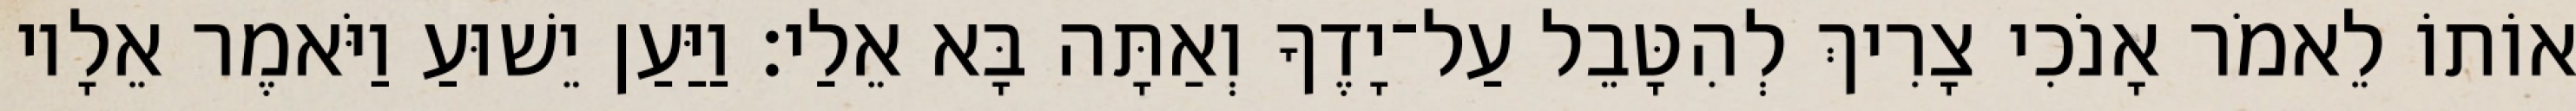
אוֹתוֹ לֵאמֹר אָנֹכִי צָרִיךְ לְהִטָּבֵל עַל־יָדֶךָ וְאַתָּה בָּא אֵלַי׃ וַיַּעַן יֵשׁוּעַ וַיֹּאמֶר אֵלָיו